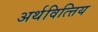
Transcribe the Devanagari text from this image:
अर्थवित्त्तिय